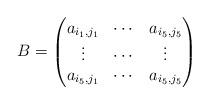
LaTeX: \begin{align*}B=\begin{pmatrix}a_{i_1,j_1} & \cdots & a_{i_5,j_5}\\ \vdots & \cdots & \vdots\\ a_{i_5,j_1} & \cdots & a_{i_5,j_5}\end{pmatrix}\end{align*}